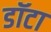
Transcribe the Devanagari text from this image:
डॉटा